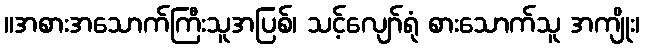
။အစားအသောက်ကြီးသူအပြစ်၊ သင့်လျော်ရုံ စားသောက်သူ အကျိုး၊